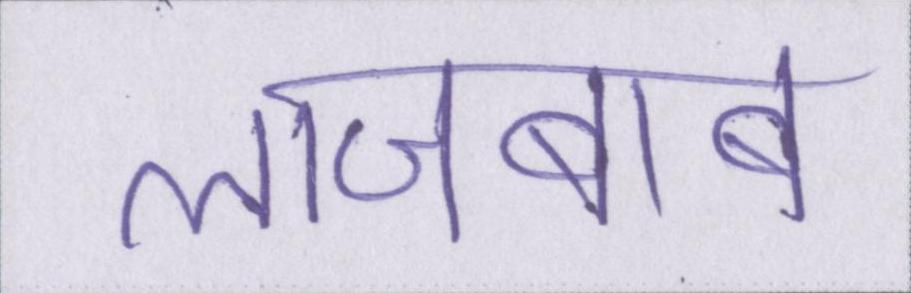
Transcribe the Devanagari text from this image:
लाजबाब